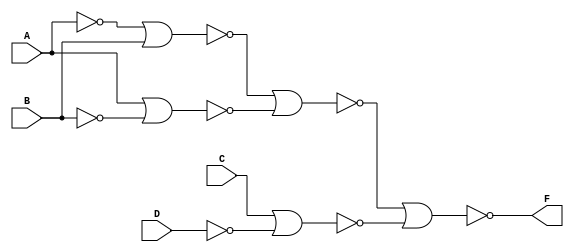
`timescale 1 ns/100ps
module c2(A,B,C,D,F);
output F;
input A,B,C,D;
wire w1,w2,w3,w4,w5,w6,w7;

not #(10)G1(w1,A);//a'
not #(10)G2(w2,B);//b'
not #(10)G3(w3,D);//d'
nor #(30)G4(w4,w1,B);  
nor #(30)G5(w5,A,w2); 
nor #(30)G6(w6,C,w3);
nor #(30)G7(w7,w4,w5); 
nor #(30)G8(F,w7,w6);
endmodule